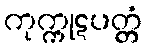
ကုက္ကုဋပတ္တံ